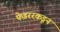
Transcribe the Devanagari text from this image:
फेडररकडून